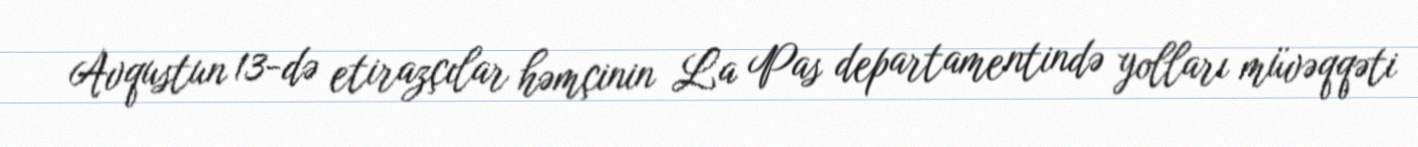
Avqustun 13-də etirazçılar həmçinin La Pas departamentində yolları müvəqqəti